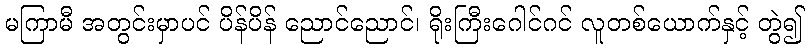
မကြာမီ အတွင်းမှာပင် ပိန်ပိန် ညောင်ညောင်၊ ရိုးကြီးဂေါင်ဂင် လူတစ်ယောက်နှင့် တွဲ၍